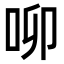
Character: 𠰭